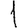
Digit: 1